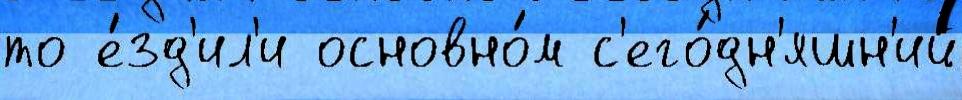
то е́зд'ил'и основно́м с'его́дн'яшн'ий